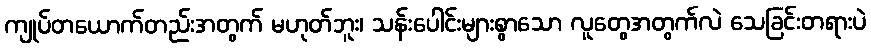
ကျုပ်တယောက်တည်းအတွက် မဟုတ်ဘူး၊ သန်းပေါင်းများစွာသော လူတွေအတွက်လဲ သေခြင်းတရားပဲ